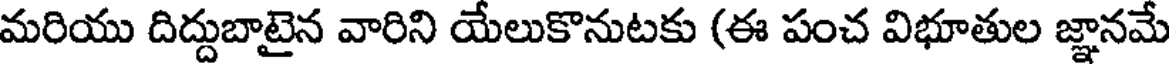
మరియు దిద్దుబాటైన వారిని యేలుకొనుటకు (ఈ పంచ విభూతుల జ్ఞానమే